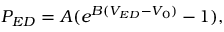
\begin{array} { r } { P _ { E D } = A ( e ^ { B ( V _ { E D } - V _ { 0 } ) } - 1 ) , } \end{array}